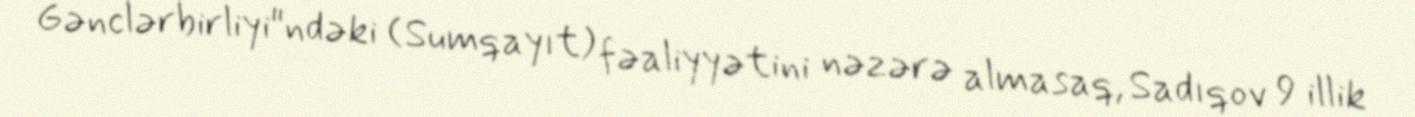
Gənclərbirliyi"ndəki (Sumqayıt) fəaliyyətini nəzərə almasaq, Sadıqov 9 illik